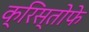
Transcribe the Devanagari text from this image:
क्रिस्तोफे